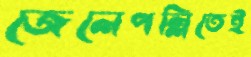
জেলেপল্লিতেই